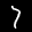
Label: 7